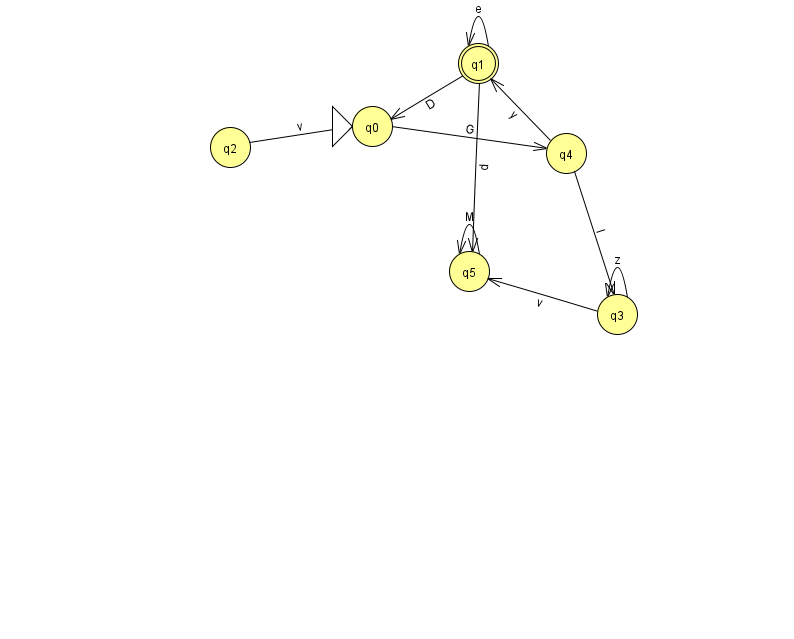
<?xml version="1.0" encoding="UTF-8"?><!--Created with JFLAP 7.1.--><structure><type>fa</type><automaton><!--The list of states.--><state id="0" name="q0"><x>372.0</x><y>113.0</y><initial/></state><state id="1" name="q1"><x>478.0</x><y>50.0</y><final/></state><state id="2" name="q2"><x>230.0</x><y>134.0</y></state><state id="3" name="q3"><x>617.0</x><y>301.0</y></state><state id="4" name="q4"><x>566.0</x><y>140.0</y></state><state id="5" name="q5"><x>469.0</x><y>258.0</y></state><!--The list of transitions.--><transition><from>1</from><to>0</to><read>D</read></transition><transition><from>3</from><to>5</to><read>v</read></transition><transition><from>1</from><to>1</to><read>e</read></transition><transition><from>4</from><to>1</to><read>y</read></transition><transition><from>2</from><to>0</to><read>v</read></transition><transition><from>3</from><to>3</to><read>z</read></transition><transition><from>4</from><to>3</to><read>l</read></transition><transition><from>5</from><to>5</to><read>M</read></transition><transition><from>0</from><to>4</to><read>G</read></transition><transition><from>1</from><to>5</to><read>d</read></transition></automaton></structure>